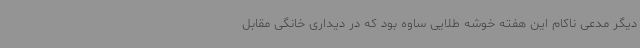
دیگر مدعی ناکام این هفته خوشه طلایی ساوه بود که در دیداری خانگی مقابل